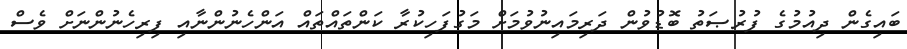
ބައިގެން ދިއުމުގެ ފުރުޞަތު ބޮޑުވުން ދަރިމައިނުވުމަށް މަގުފަހިކުރާ ކަންތައްތައް އަންހެނުންނާއި ފިރިހެނުންނަށް ވެސް